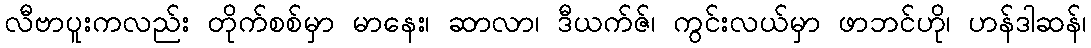
လီဗာပူးကလည်း တိုက်စစ်မှာ မာနေး၊ ဆာလာ၊ ဒီယက်ဇ်၊ ကွင်းလယ်မှာ ဖာဘင်ဟို၊ ဟန်ဒါဆန်၊